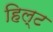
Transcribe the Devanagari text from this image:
हिल्ट